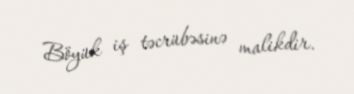
Böyük iş təcrübəsinə malikdir.